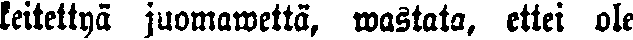
keitettyä juomawettä, wastata, ettei ole